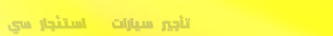
تأجير سيارات   استئجار سي